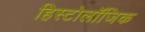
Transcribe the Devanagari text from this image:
हिस्टोलॉजिक